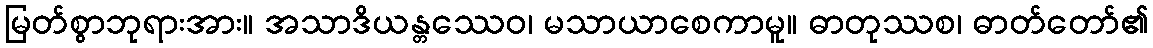
မြတ်စွာဘုရားအား။ အသာဒိယန္တဿေဝ၊ မသာယာစေကာမူ။ ဓာတုဿစ၊ ဓာတ်တော်၏